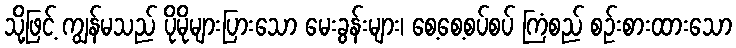
သို့ဖြင့် ကျွန်မသည် ပိုမိုများပြားသော မေးခွန်းများ၊ စေ့စေ့စပ်စပ် ကြံစည် စဉ်းစားထားသော